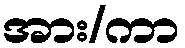
အား/ကာ